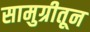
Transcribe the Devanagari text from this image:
सामुग्रीतून